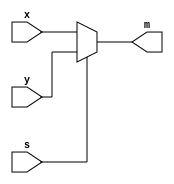
module mux2to1(x, y, s, m);
	input x; input y; input s; output m;
	assign m = s ? y : x;
endmodule

module mux4to1(u, v, w, x, s0, s1, m);
	input u; input v; input w; input x; input s0; input s1; output m;
	wire f, d;
	mux2to1 mux1(u, v, s0, f);
	mux2to1 mux2(w, x, s0, d);
	mux2to1 mux3(f, d, s1, m);
endmodule

module mux(LEDR, SW);
	input [9:0] SW;
	output [9:0] LEDR;
	
	mux4to1 u0(
			.u(SW[0]),
			.v(SW[1]),
			.w(SW[2]),
			.x(SW[3]),
			.s0(SW[8]),
			.s1(SW[9]),
			.m(LEDR[0])
			);
endmodule